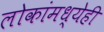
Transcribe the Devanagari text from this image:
लोकांमध्येही